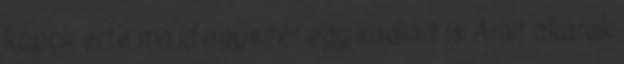
kapok erte majd egyszer egy iradio-t is Amit akarok